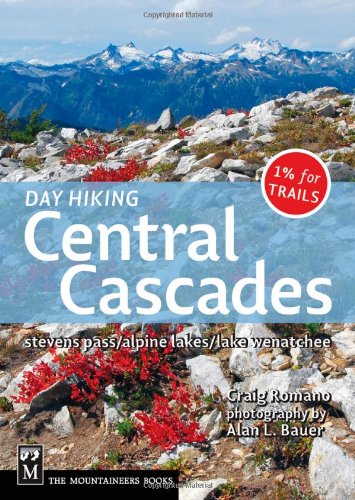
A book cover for Day Hiking: Central Cascades; Craig Romano; Sports & Outdoors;